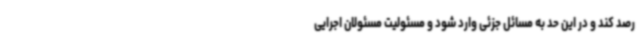
رصد کند و در این حد به مسائل جزئی وارد شود و مسئولیت مسئولان اجرایی